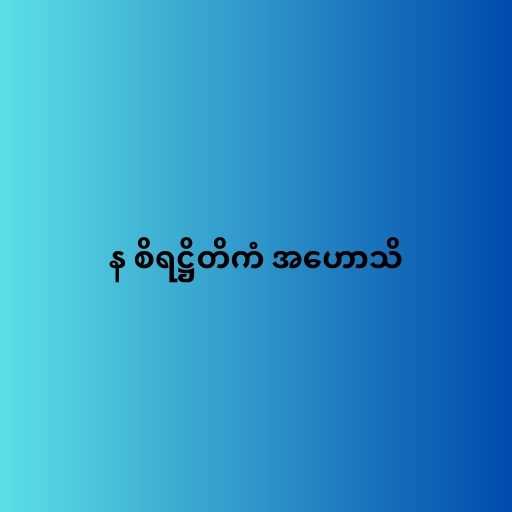
န စိရဋ္ဌိတိကံ အဟောသိ